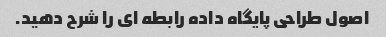
اصول طراحی پایگاه داده رابطه ای را شرح دهید.